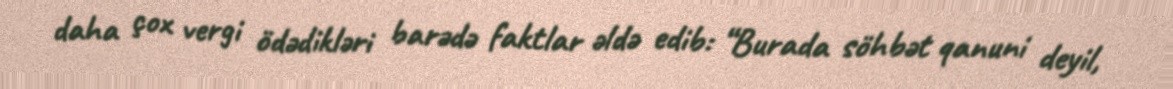
daha çox vergi ödədikləri barədə faktlar əldə edib: “Burada söhbət qanuni deyil,